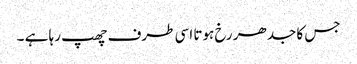
جس کا جدھر رخ ہوتا اسی طرف چھپ رہا ہے ۔